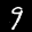
Label: 9